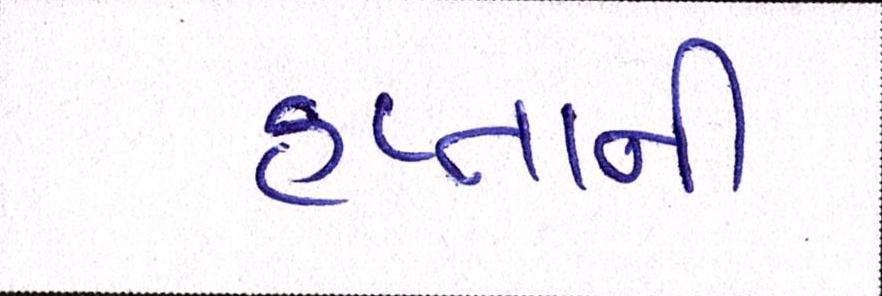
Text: હપ્તાની